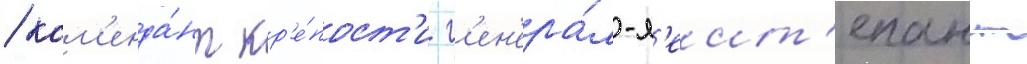
/ ком'енда́нт кр'е́пост'и г'ен'ера́л-л'еит'енант